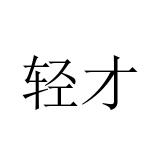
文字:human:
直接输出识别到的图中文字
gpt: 轻才